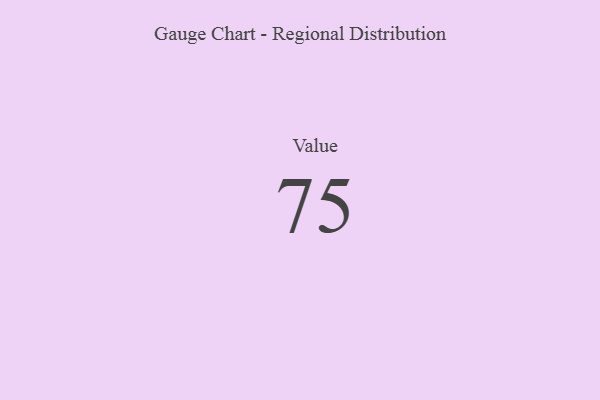
{"axis": {"x": "Metric", "y": "Value"}, "legend": [""], "data": [{"x": "Value", "y": 75, "type": ""}]}